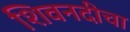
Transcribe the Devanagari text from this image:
शिवनदीचा